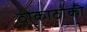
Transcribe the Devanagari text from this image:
ठोकाठोकी